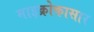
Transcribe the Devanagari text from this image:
माइक्रोकासार